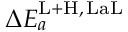
\Delta E _ { a } ^ { \mathrm { L + H } , \, \mathrm { L a L } }